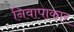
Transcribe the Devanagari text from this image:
निवापाकार